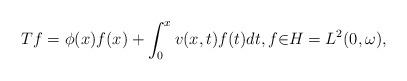
LaTeX: \begin{align*}Tf=\phi(x)f(x)+\int_{0}^{x}v(x,t)f(t)dt,f{\in}H=L^{2}(0,\omega),\end{align*}